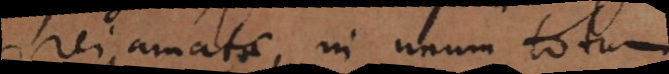
rei amatae in unum totum